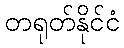
တရုတ်နိုင်ငံ